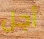
أجل